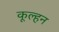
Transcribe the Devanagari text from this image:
कूल्हन